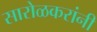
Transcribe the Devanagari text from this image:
सारोळकरांनी